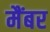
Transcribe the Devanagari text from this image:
मैंबर